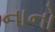
નાનો